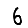
Digit: 6